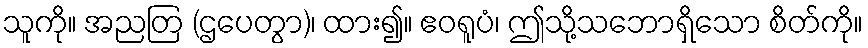
သူကို။ အညတြ (ဌပေတွာ)၊ ထား၍။ ဧဝရူပံ၊ ဤသို့သဘောရှိသော စိတ်ကို။